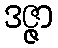
ဒဇ္ဇာ